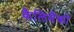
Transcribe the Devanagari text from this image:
कैलिमैको